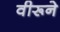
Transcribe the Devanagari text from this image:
वीरूने